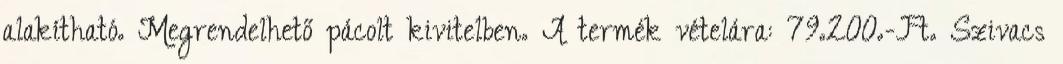
alakítható. Megrendelhető pácolt kivitelben. A termék vételára: 79.200.-Ft. Szivacs